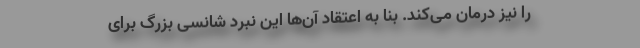
را نیز درمان می‌کند. بنا به اعتقاد آن‌ها این نبرد شانسی بزرگ برای